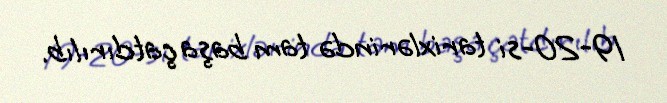
19-20-si tarixlərində tam başa çatdırılıb.